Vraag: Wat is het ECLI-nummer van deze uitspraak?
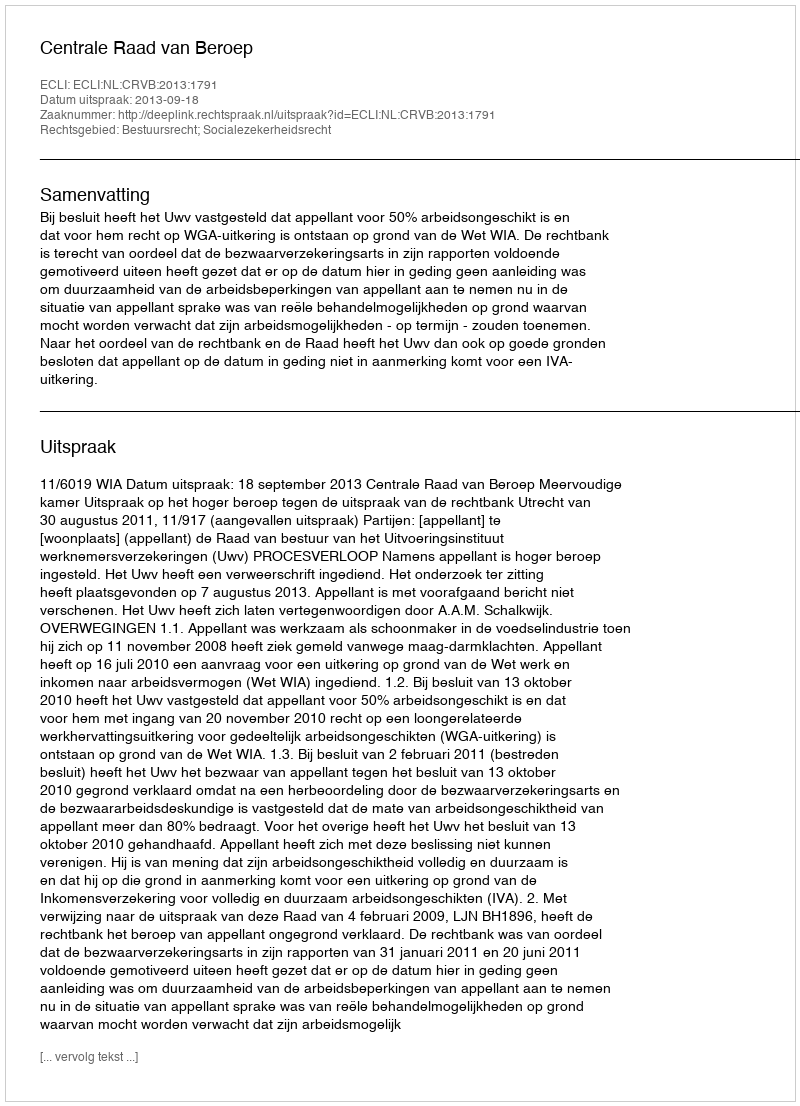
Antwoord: ECLI:NL:CRVB:2013:1791